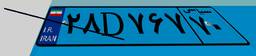
۲۸D۷۶۷۷۰